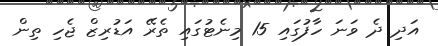
އަދި ދެ ވަނަ ހާފުގައި 15 މިނެޓުގައި ތެރޭ އަޑުރިޒް ޖެހި ތިން